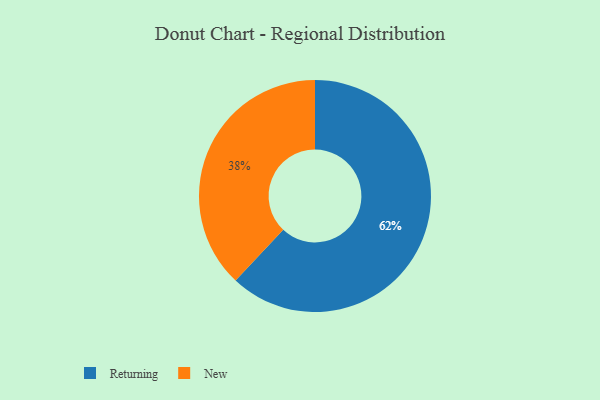
{"axis": {"x": "Category", "y": "Percentage"}, "legend": ["New", "Returning"], "data": [{"x": "New", "y": 38, "type": "New"}, {"x": "Returning", "y": 62, "type": "Returning"}]}